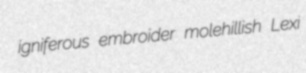
igniferous embroider molehillish Lexi